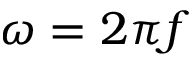
\omega = 2 \pi f